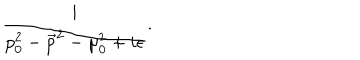
LaTeX: \frac { i } { p _ { 0 } ^ { 2 } - \vec { p } ^ { 2 } - \mu _ { 0 } ^ { 2 } + i \epsilon } .